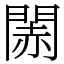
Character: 䦝